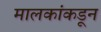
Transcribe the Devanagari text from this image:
मालकांकडून